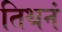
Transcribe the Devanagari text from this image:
तिथनं